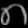
Digit: ၈